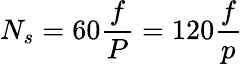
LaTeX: N_{s}=60{\frac{f}{P}}=120{\frac{f}{p}}